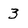
Character: 3